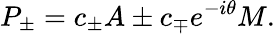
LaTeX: P_{\pm}=c_{\pm}A\pm c_{\mp}e^{-i\theta}M.